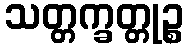
သတ္တက္ခတ္တုဉ္စ